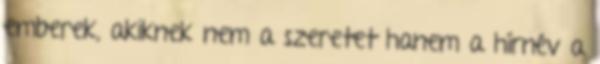
emberek, akiknek nem a szeretet hanem a hírnév a